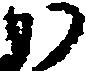
か